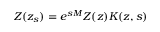
Z ( z _ { s } ) = e ^ { s M } Z ( z ) K ( z , s )